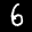
Label: 6